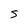
Character: S